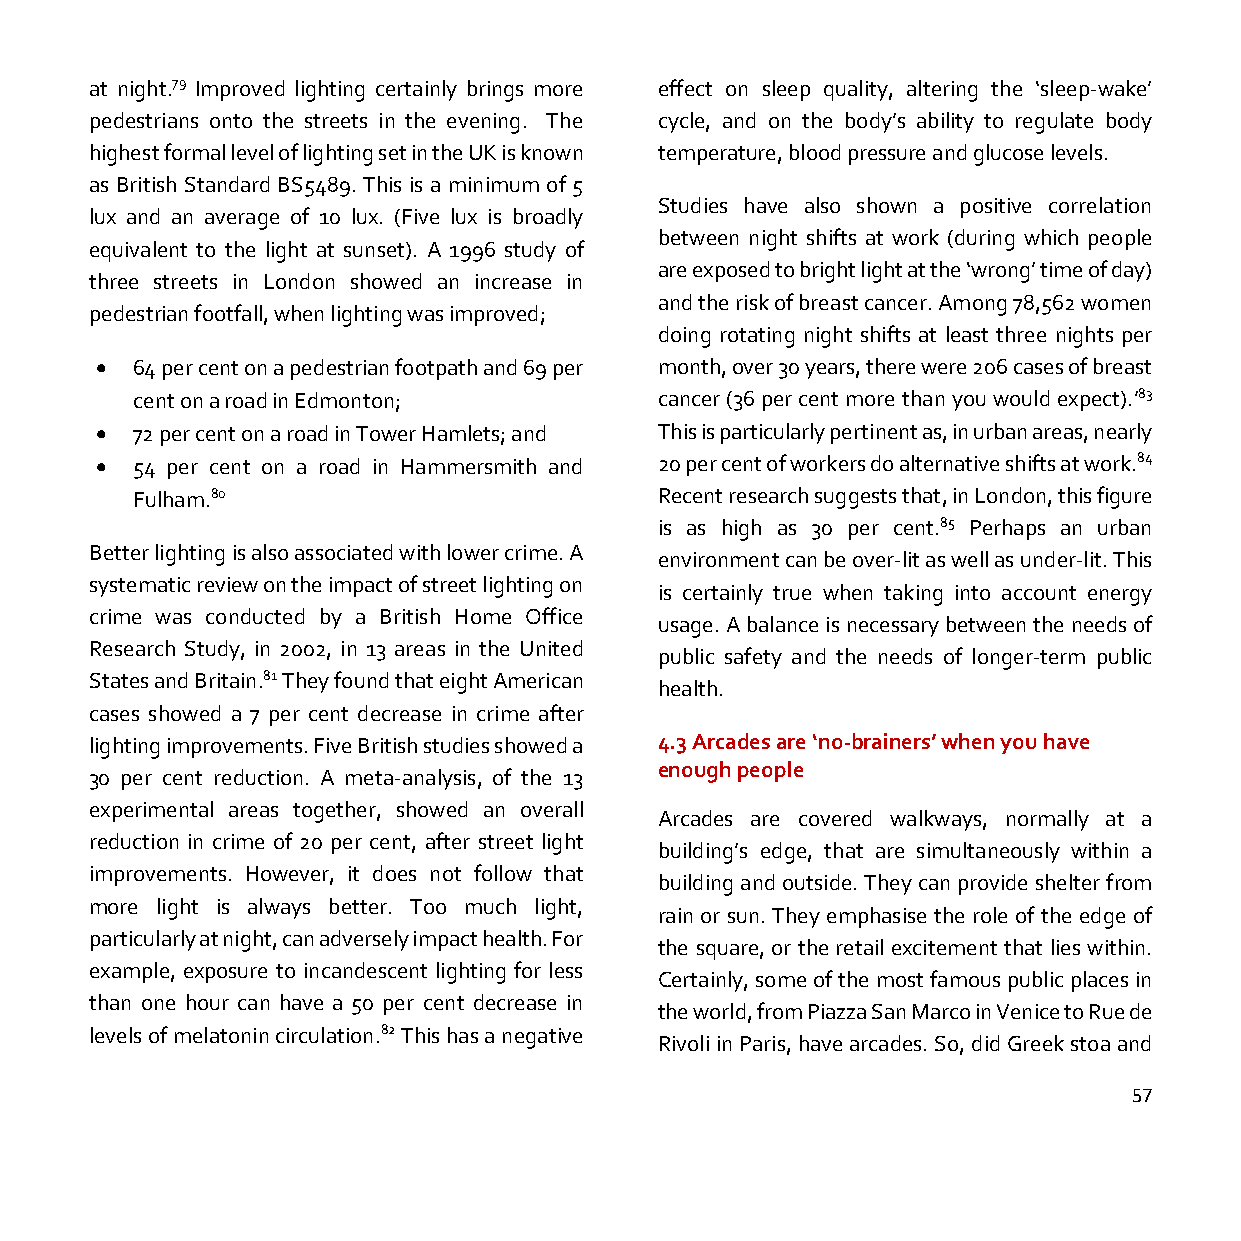
at night.79 Improved lighting certainly brings more effect on sleep quality, altering the ‘sleep-wake’
 pedestrians onto the streets in the evening. The cycle, and on the body’s ability to regulate body
 highest formal level of lighting set in the UK is known temperature, blood pressure and glucose levels.
 as British Standard BS5489. This is a minimum of 5
 Studies have also shown a positive correlation
 lux and an average of 10 lux. (Five lux is broadly
 between night shifts at work (during which people
 equivalent to the light at sunset). A 1996 study of
 are exposed to bright light at the ‘wrong’ time of day)
 three streets in London showed an increase in
 and the risk of breast cancer. Among 78,562 women
 pedestrian footfall, when lighting was improved;
 doing rotating night shifts at least three nights per
 •  64 per cent on a pedestrian footpath and 69 per month, over 30 years, there were 206 cases of breast
 cent on a road in Edmonton;        cancer (36 per cent more than you would expect).’83
 •  72 per cent on a road in Tower Hamlets; and This is particularly pertinent as, in urban areas, nearly
 •  54 per cent on a road in Hammersmith and 20 per cent of workers do alternative shifts at work.84
 Fulham.80                          Recent research suggests that, in London, this figure
 is as high as 30 per cent.85 Perhaps an urban
 Better lighting is also associated with lower crime. A
 environment can be over-lit as well as under-lit. This
 systematic review on the impact of street lighting on
 is certainly true when taking into account energy
 crime was conducted by a British Home Office
 usage. A balance is necessary between the needs of
 Research Study, in 2002, in 13 areas in the United
 public safety and the needs of longer-term public
 States and Britain.81 They found that eight American
 health.
 cases showed a 7 per cent decrease in crime after
 lighting improvements. Five British studies showed a 4.3 Arcades are ‘no-brainers’ when you have
 enough people
 30 per cent reduction. A meta-analysis, of the 13
 experimental areas together, showed an overall
 Arcades are covered walkways, normally at a
 reduction in crime of 20 per cent, after street light
 building’s edge, that are simultaneously within a
 improvements. However, it does not follow that
 building and outside. They can provide shelter from
 more light is always better. Too much light,
 rain or sun. They emphasise the role of the edge of
 particularly at night, can adversely impact health. For
 the square, or the retail excitement that lies within.
 example, exposure to incandescent lighting for less
 Certainly, some of the most famous public places in
 than one hour can have a 50 per cent decrease in
 the world, from Piazza San Marco in Venice to Rue de
 levels of melatonin circulation.82 This has a negative
 Rivoli in Paris, have arcades. So, did Greek stoa and
 57